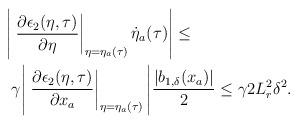
LaTeX: \begin{align*}\begin{aligned}\Bigg|&\left.\dfrac{\partial \epsilon_2(\eta,\tau)}{\partial \eta}\right|_{\eta = \eta_a(\tau)} \dot{\eta}_a(\tau)\Bigg| \le \\&\gamma\Bigg|\left.\dfrac{\partial \epsilon_2(\eta,\tau)}{\partial x_a}\right|_{\eta = \eta_a(\tau)}\Bigg| \dfrac{|b_{1,\delta}(x_a)|}{2} \le \gamma 2 L_r^2 \delta^2. \end{aligned}\end{align*}